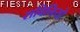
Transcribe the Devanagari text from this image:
सविनियो